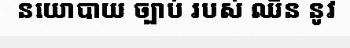
នយោបាយ ច្បាប់ របស់ ឈិន នូវ